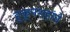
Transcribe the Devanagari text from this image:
हुकूमशहांचे